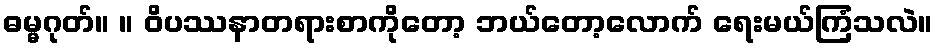
ဓမ္မဂုတ်။ ။ ဝိပဿနာတရားစာကိုတော့ ဘယ်တော့လောက် ရေးမယ်ကြံသလဲ။